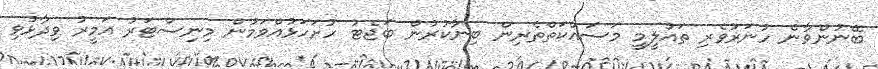
ބޭނުންވާނެ ހުނަރުވެރި ތައުލީމީ މަސައްކަތްތެރިން ބިނާކުރުން ބަޖެޓު ހުށަހަޅުއްވަމުން މިނިސްޓަރު އަމީރު ވިދާޅުވި